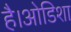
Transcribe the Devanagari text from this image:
है।ओडिशा